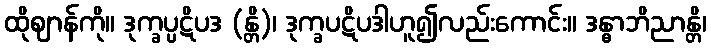
ထိုဈာန်ကို။ ဒုက္ခပ္ပဋိပဒ (န္တိ)၊ ဒုက္ခပဋိပဒါဟူ၍လည်းကောင်း။ ဒန္ဓာဘိညာန္တိ၊